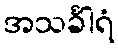
အသင်္ခါရံ